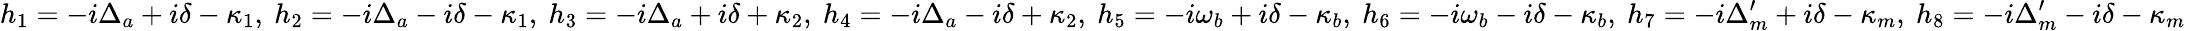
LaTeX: h_{1}=-i\Delta_{a}+i\delta-\kappa_{1},~h_{2}=-i\Delta_{a}-i\delta-\kappa_{1},~h_{3}=-i\Delta_{a}+i\delta+\kappa_{2},~h_{4}=-i\Delta_{a}-i\delta+\kappa_{2},~h_{5}=-i\omega_{b}+i\delta-\kappa_{b},~h_{6}=-i\omega_{b}-i\delta-\kappa_{b},~h_{7}=-i\Delta_{m}^{\prime}+i\delta-\kappa_{m},~h_{8}=-i\Delta_{m}^{\prime}-i\delta-\kappa_{m}